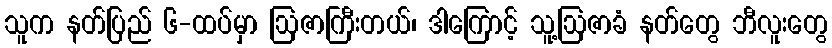
သူက နတ်ပြည် ၆-ထပ်မှာ ဩဇာကြီးတယ်၊ ဒါကြောင့် သူ့ဩဇာခံ နတ်တွေ ဘီလူးတွေ